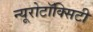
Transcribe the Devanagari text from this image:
न्यूरोटॉक्सिटी